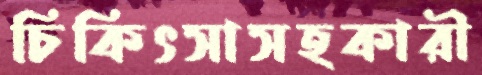
চিকিৎসাসহকারী